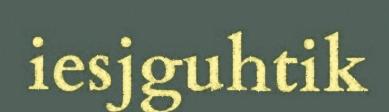
iesjguhtik